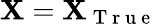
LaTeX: \mathbf{X}=\mathbf{X}_{\mathrm{{~T~r~u~e~}}}